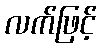
လက်ဖြင့်